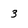
Character: 3